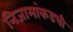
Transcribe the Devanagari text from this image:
निजामांकडची